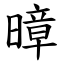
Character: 暲